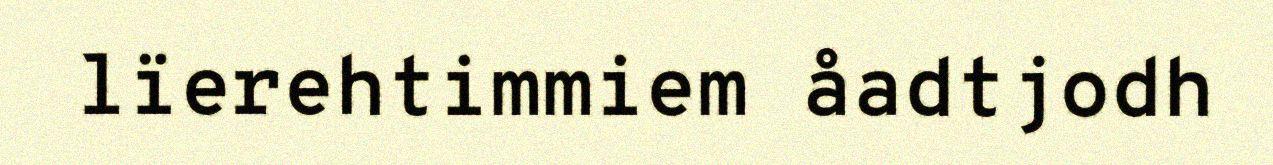
lïerehtimmiem åadtjodh